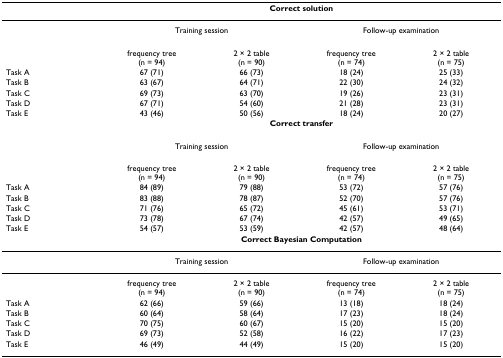
|  | <COLSPAN=4> Correct solution |
 | --- | --- | --- | --- | --- |
 |  | <COLSPAN=2> Training session | <COLSPAN=2> Follow-up examination |
 |  | frequency tree(n = 94) | 2 × 2 table (n = 90) | frequency tree(n = 74) | 2 × 2 table (n = 75) |
 | Task A | 67 (71) | 66 (73) | 18 (24) | 25 (33) |
 | Task B | 63 (67) | 64 (71) | 22 (30) | 24 (32) |
 | Task C | 69 (73) | 63 (70) | 19 (26) | 23 (31) |
 | Task D | 67 (71) | 54 (60) | 21 (28) | 23 (31) |
 | Task E | 43 (46) | 50 (56) | 18 (24) | 20 (27) |
 |  | <COLSPAN=4> Correct transfer |
 |  | <COLSPAN=2> Training session | <COLSPAN=2> Follow-up examination |
 |  | frequency tree(n = 94) | 2 × 2 table(n = 90) | frequency tree(n = 74) | 2 × 2 table (n = 75) |
 | Task A | 84 (89) | 79 (88) | 53 (72) | 57 (76) |
 | Task B | 83 (88) | 78 (87) | 52 (70) | 57 (76) |
 | Task C | 71 (76) | 65 (72) | 45 (61) | 53 (71) |
 | Task D | 73 (78) | 67 (74) | 42 (57) | 49 (65) |
 | Task E | 54 (57) | 53 (59) | 42 (57) | 48 (64) |
 |  | <COLSPAN=4> Correct Bayesian Computation |
 |  | <COLSPAN=2> Training session | <COLSPAN=2> Follow-up examination |
 |  | frequency tree(n = 94) | 2 × 2 table (n = 90) | frequency tree(n = 74) | 2 × 2 table(n = 75) |
 | Task A | 62 (66) | 59 (66) | 13 (18) | 18 (24) |
 | Task B | 60 (64) | 58 (64) | 17 (23) | 18 (24) |
 | Task C | 70 (75) | 60 (67) | 15 (20) | 15 (20) |
 | Task D | 69 (73) | 52 (58) | 16 (22) | 17 (23) |
 | Task E | 46 (49) | 44 (49) | 15 (20) | 15 (20) |